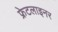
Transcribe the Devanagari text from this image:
फ्रेटलाइनर